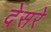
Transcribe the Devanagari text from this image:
देसरे